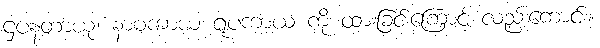
ဌပနတာယု၊ နာမကာယ ရူပကာယ ကို ထားခြင်းကြောင့် လည်းကောင်း။